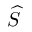
\widehat S